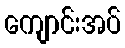
ကျောင်းအပ်